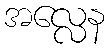
အလ္လေန